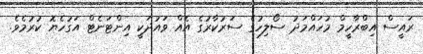
ރައީސް އިބްރާހީމް މުހައްމަދު ސޯލިހުގެ ސަރުކާރުގެ އެއް ވައުދަކީ އިންޓަނެޓް އަގުހެޔޮ ކުރުމެވެ.